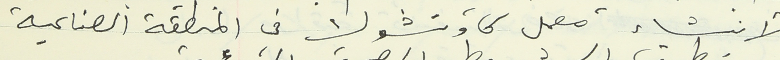
لأنشاء معمل كاوتشوك في المنطقة الصناعية